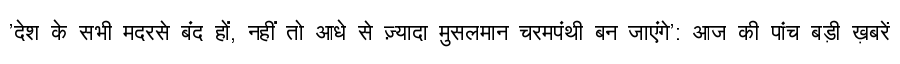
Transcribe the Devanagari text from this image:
'देश के सभी मदरसे बंद हों, नहीं तो आधे से ज़्यादा मुसलमान चरमपंथी बन जाएंगे': आज की पांच बड़ी ख़बरें